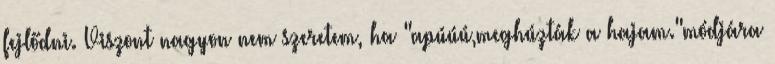
fejlődni. Viszont nagyon nem szeretem, ha "apúúú,meghúzták a hajam."módjára